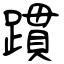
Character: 躀